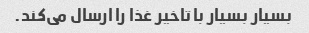
بسیار بسیار با تاخیر غذا را ارسال می‌کند.